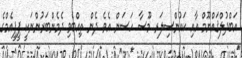
އަބްދުލްޤައްޔޫމް އާއި ކައުންސިލަރ މޫސާ ހަސަން އެވެ. ދެން ތިއްބެވި ދެމެންބަރުންނަކީ ޕީޕީއެމްގެ